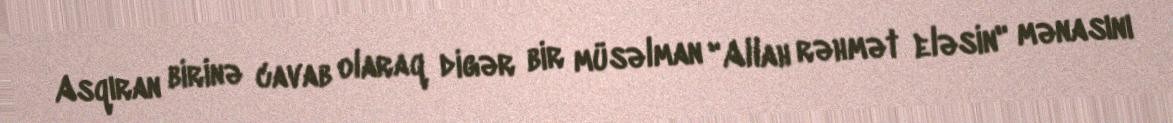
Asqıran birinə cavab olaraq digər bir müsəlman "Allah rəhmət eləsin" mənasını